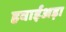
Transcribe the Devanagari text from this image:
हवाईअड़ा